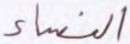
النساء